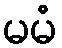
မမံ